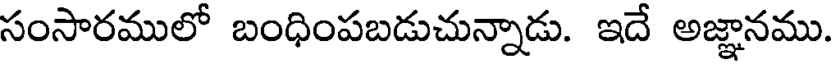
సంసారములో బంధింపబడుచున్నాడు. ఇదే అజ్ఞానము.